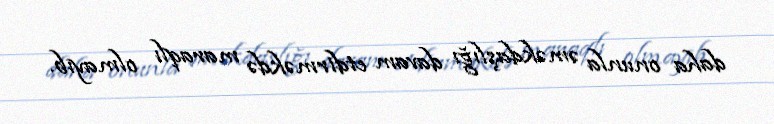
daha onunla əməkdaşlığı davam etdirməkdə maraqlı olmayıb.